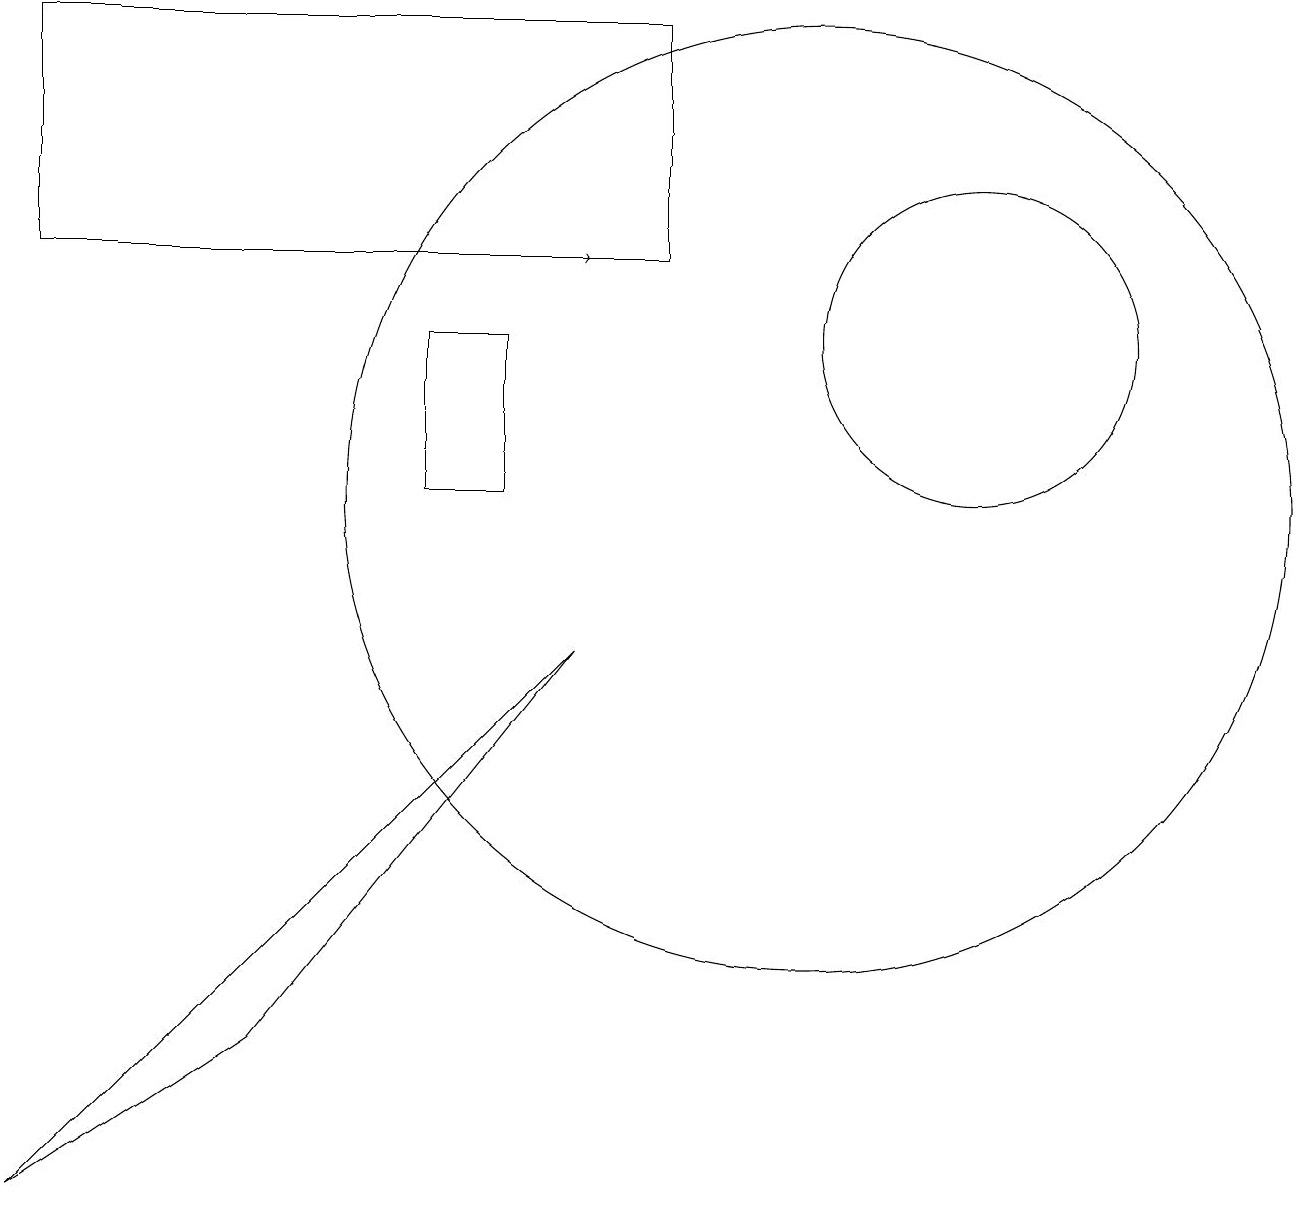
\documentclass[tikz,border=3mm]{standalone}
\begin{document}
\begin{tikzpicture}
\draw (6,10) rectangle (5,12);
\draw (0,16) rectangle (8,13);
\draw (12,12) circle (2);
\draw (10,10) circle (6);
\draw (3,3) -- (7,8) -- (0,1) -- cycle;
\draw (10,10) circle (0);
\draw[->] (4,13) -- (7,13);
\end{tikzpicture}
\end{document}